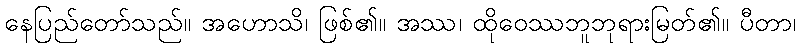
နေပြည်တော်သည်။ အဟောသိ၊ ဖြစ်၏။ အဿ၊ ထိုဝေဿဘူဘုရားမြတ်၏။ ပီတာ၊